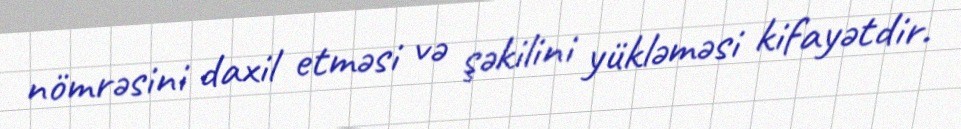
nömrəsini daxil etməsi və şəkilini yükləməsi kifayətdir.